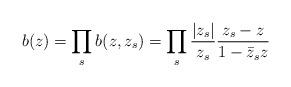
LaTeX: \begin{align*}b(z)=\prod_{s} b(z,z_s)=\prod_{s} \frac{|z_s|}{z_s}\frac{z_s-z}{1-\bar{z}_s z}\end{align*}